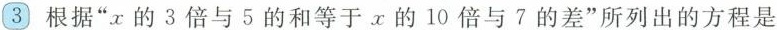
3 根据”x的3倍与5的和等于。x的10倍与7的差”所列出的方程是